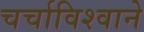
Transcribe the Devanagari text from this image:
चर्चाविश्वाने